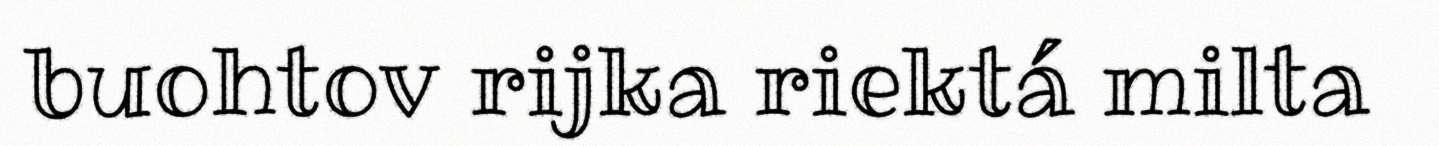
buohtov rijka riektá milta